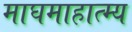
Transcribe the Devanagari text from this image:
माघमाहात्म्य